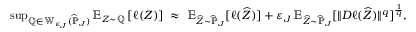
\begin{array} { r } { \operatorname* { s u p } _ { \mathbb Q \in \mathbb W _ { \varepsilon _ { J } } ( \widehat { \mathbb P } _ { J } ) } \mathbb E _ { Z \sim \mathbb Q } \left[ \ell ( Z ) \right] \; \approx \; \mathbb E _ { \widehat Z \sim \widehat { \mathbb P } _ { J } } [ \ell ( \widehat Z ) ] + \varepsilon _ { J } \, \mathbb E _ { \widehat Z \sim \widehat { \mathbb P } _ { J } } [ \| D \ell ( \widehat Z ) \| ^ { q } ] ^ { \frac { 1 } { q } } , } \end{array}